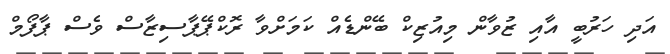
އަދި ހަރުބީ އާއި ޒުވާން މިއުޒިކް ބޭންޑެއް ކަމަށްވާ ރޮކްޕޭޕާސިޒާސް ވެސް ޕާފޯމް